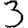
Digit: 3